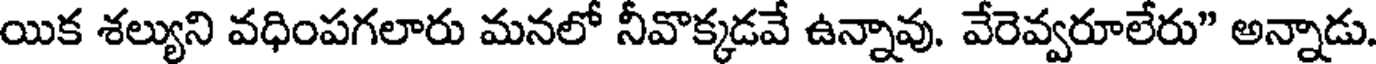
యిక శల్యుని వధింపగలారు మనలో నీవొక్కడవే ఉన్నావు. వేరెవ్వరూలేరు" అన్నాడు.